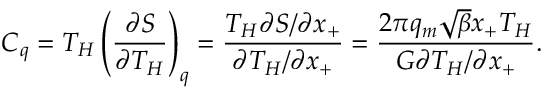
C _ { q } = T _ { H } \left( \frac { \partial S } { \partial T _ { H } } \right) _ { q } = \frac { T _ { H } \partial S / \partial x _ { + } } { \partial T _ { H } / \partial x _ { + } } = \frac { 2 \pi q _ { m } \sqrt { \beta } x _ { + } T _ { H } } { G \partial T _ { H } / \partial x _ { + } } .